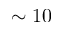
\sim 1 0